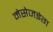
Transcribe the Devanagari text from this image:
मेसेजइंग